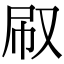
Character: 㕞